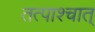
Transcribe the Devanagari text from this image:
तत्पाश्चात्